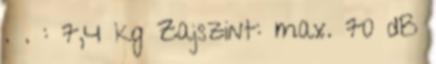
. . : 7,4 kg Zajszint: max. 70 dB